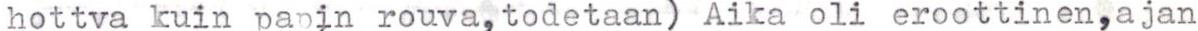
hottva kuin papin rouva,todetaan) Aika oli eroottinen,ajan